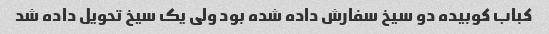
کباب کوبیده دو سیخ سفارش داده شده بود ولی یک سیخ تحویل داده شد